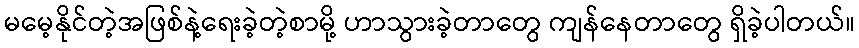
မမေ့နိုင်တဲ့အဖြစ်နဲ့ရေးခဲ့တဲ့စာမို့ ဟာသွားခဲ့တာတွေ ကျန်နေတာတွေ ရှိခဲ့ပါတယ်။